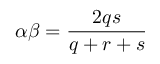
\alpha \beta = \frac { 2 q s } { q + r + s }